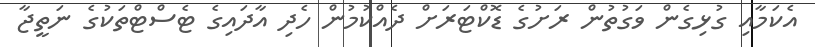
އެކަމާއި ގުޅިގެން ވަގުތުން ރަށުގެ ޑޮކްޓަރަށް ދެއްކުމުން ހެދި އާދައިގެ ޓެސްޓްތަކުގެ ނަތީޖާ